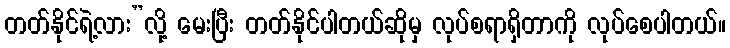
တတ်နိုင်ရဲ့လား”လို့ မေးပြီး တတ်နိုင်ပါတယ်ဆိုမှ လုပ်စရာရှိတာကို လုပ်စေပါတယ်။